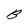
Character: B